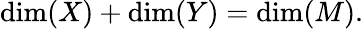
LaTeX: \mathrm{dim}(X)+\mathrm{dim}(Y)=\mathrm{dim}(M).